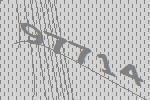
97714